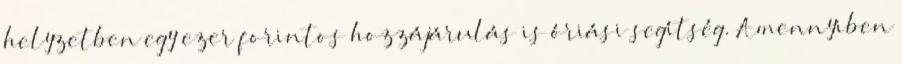
helyzetben egy ezer forintos hozzájárulás is óriási segítség. Amennyiben